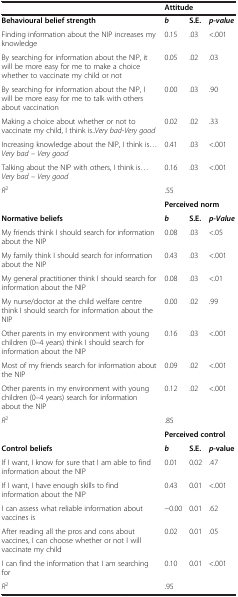
<table><thead><tr><td><b> </b></td><td colspan="3"><b>Attitude</b></td></tr></thead><tbody><tr><td><b>Behavioural belief strength</b></td><td><b><i>b</i></b></td><td><b>S.E.</b></td><td><b><i>p-value</i></b></td></tr><tr><td>Finding information about the NIP increases my knowledge</td><td>0.15</td><td>.03</td><td>&lt;.001</td></tr><tr><td>By searching for information about the NIP, it will be more easy for me to make a choice whether to vaccinate my child or not</td><td>0.05</td><td>.02</td><td>.03</td></tr><tr><td>By searching for information about the NIP, I will be more easy for me to talk with others about vaccination</td><td>0.00</td><td>.03</td><td>.90</td></tr><tr><td>Making a choice about whether or not to vaccinate my child, I think is..<i>Very bad-Very good</i></td><td>0.02</td><td>.02</td><td>.33</td></tr><tr><td>Increasing knowledge about the NIP, I think is...<i>Very bad – Very good</i></td><td>0.41</td><td>.03</td><td>&lt;.001</td></tr><tr><td>Talking about the NIP with others, I think is...<i>Very bad – Very good</i></td><td>0.16</td><td>.03</td><td>&lt;.001</td></tr><tr><td><i>R</i><sup>2</sup></td><td>.55</td><td> </td><td> </td></tr><tr><td> </td><td colspan="3"><b>Perceived norm</b></td></tr><tr><td><b>Normative beliefs</b></td><td><b><i>b</i></b></td><td><b>S.E.</b></td><td><b><i>p-Value</i></b></td></tr><tr><td>My friends think I should search for information about the NIP</td><td>0.08</td><td>.03</td><td>&lt;.05</td></tr><tr><td>My family think I should search for information about the NIP</td><td>0.43</td><td>.03</td><td>&lt;.001</td></tr><tr><td>My general practitioner think I should search for information about the NIP</td><td>0.08</td><td>.03</td><td>&lt;.01</td></tr><tr><td>My nurse/doctor at the child welfare centre think I should search for information about the NIP</td><td>0.00</td><td>.02</td><td>.99</td></tr><tr><td>Other parents in my environment with young children (0–4 years) think I should search for information about the NIP</td><td>0.16</td><td>.03</td><td>&lt;.001</td></tr><tr><td>Most of my friends search for information about the NIP</td><td>0.09</td><td>.02</td><td>&lt;.001</td></tr><tr><td>Other parents in my environment with young children (0–4 years) search for information about the NIP</td><td>0.12</td><td>.02</td><td>&lt;.001</td></tr><tr><td><i>R</i><sup>2</sup></td><td>.85</td><td> </td><td> </td></tr><tr><td> </td><td colspan="3"><b>Perceived control</b></td></tr><tr><td><b>Control beliefs</b></td><td><b><i>b</i></b></td><td><b>S.E.</b></td><td><b><i>p</i></b><b>-value</b></td></tr><tr><td>If I want, I know for sure that I am able to find information about the NIP</td><td>0.01</td><td>0.02</td><td>.47</td></tr><tr><td>If I want, I have enough skills to find information about the NIP</td><td>0.43</td><td>0.01</td><td>&lt;.001</td></tr><tr><td>I can assess what reliable information about vaccines is</td><td>-0.00</td><td>0.01</td><td>.62</td></tr><tr><td>After reading all the pros and cons about vaccines, I can choose whether or not I will vaccinate my child</td><td>0.02</td><td>0.01</td><td>.05</td></tr><tr><td>I can find the information that I am searching for</td><td>0.10</td><td>0.01</td><td>&lt;.001</td></tr><tr><td><i>R</i><sup>2</sup></td><td>.95</td><td> </td><td> </td></tr></tbody></table>